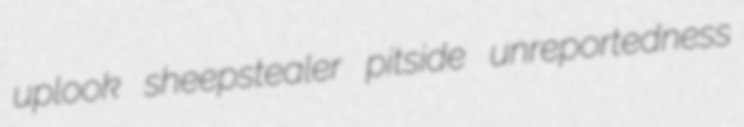
uplook sheepstealer pitside unreportedness